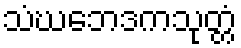
သံဃဘေဒကသုတ္တံ